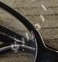
الحراري